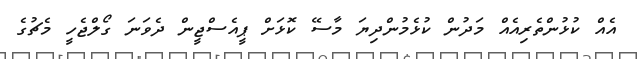
އެއް ކުޅުންތެރިއެއް މަދުން ކުޅެމުންދިޔަ މާސޭ ކޮޅަށް ޕީއެސްޖީން ދެވަނަ ގޯލްޖެހީ މެޗުގެ